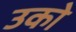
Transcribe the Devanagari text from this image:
उको